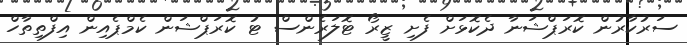
ސަރުކާރުން ކޮރަޕްޝަނާ ދެކޮޅަށް ފެށި ޒީރޯ ޓޮލަރެންސް ޓު ކޮރަޕްޝަން ކެމްޕެއިން އިފްތިތާހް